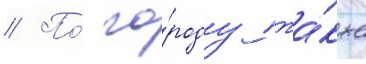
// По́ го́роду та́кже